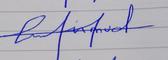
Signature authenticity: forged